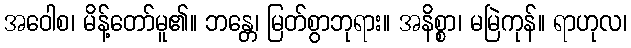
အဝေါစ၊ မိန့်တော်မူ၏။ ဘန္တေ၊ မြတ်စွာဘုရား။ အနိစ္စာ၊ မမြဲကုန်။ ရာဟုလ၊